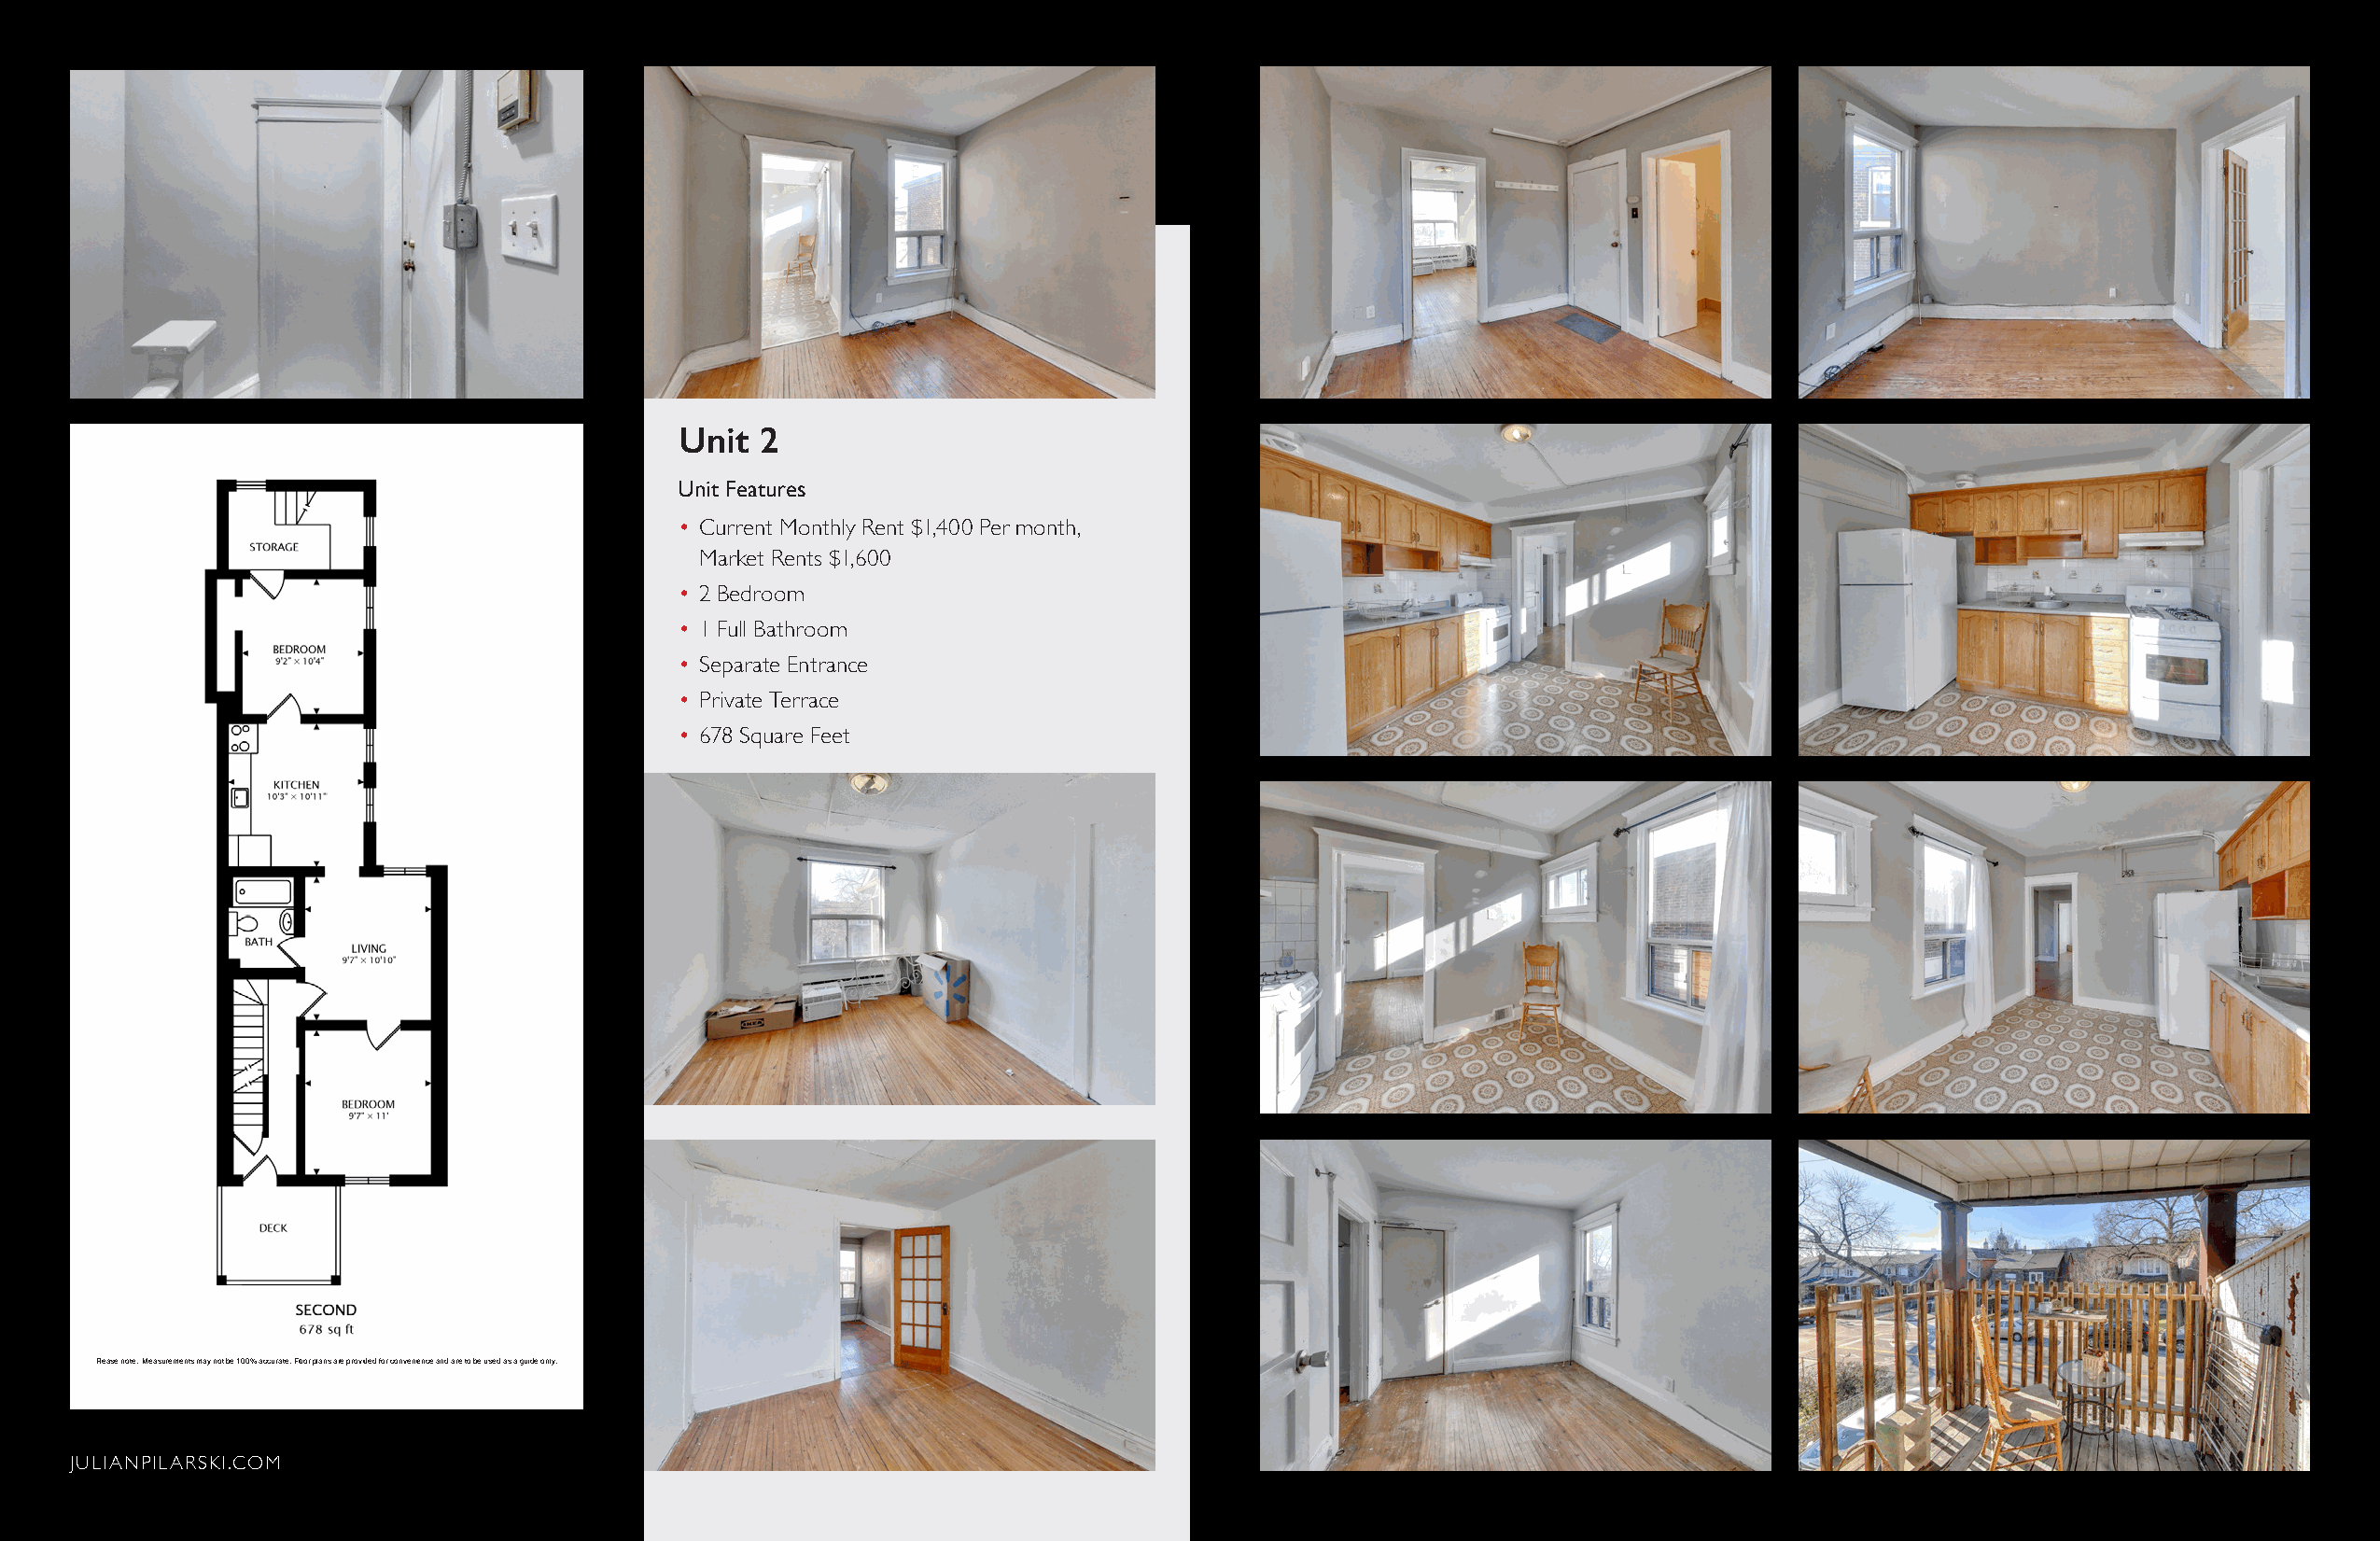
Unit  2
 Unit Features
 • Current Monthly Rent $1,400 Per month,
 Market Rents $1,600
 • 2 Bedroom
 • 1 Full Bathroom
 • Separate Entrance
 • Private Terrace
 • 678 Square Feet
 Please note: Measurements may not be 100% accurate. Floor plans are provided for convenience and are to be used as a guide only.
 JULIANPILARSKI.COM